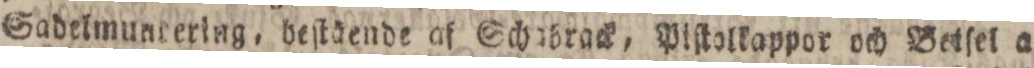
Sadelmuntering, heſtäende af Schabrack, Piſkolkappor och Beiſel a